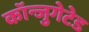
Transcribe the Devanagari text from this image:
कॉन्जुगेटेड